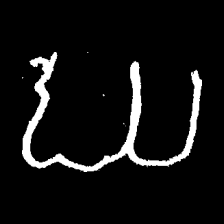
Pyu character \u2014 Myanmar letter: ဃ (romanized: gha)